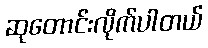
ဆုတောင်းလိုက်ပါတယ်